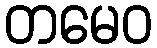
တမေဝ